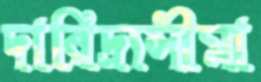
দারিদ্র্যসীমা